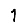
Digit: 1